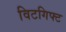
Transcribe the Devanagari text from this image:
विटगिफ्ट